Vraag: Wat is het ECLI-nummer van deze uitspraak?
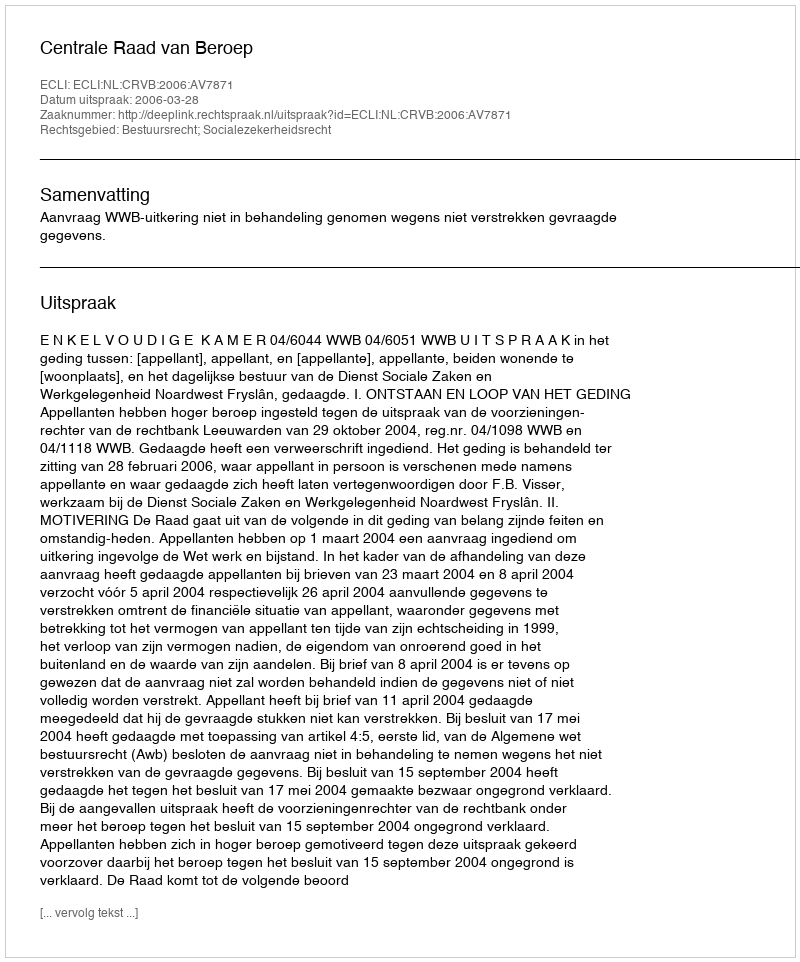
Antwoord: ECLI:NL:CRVB:2006:AV7871